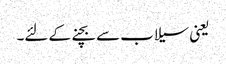
یعنی سیلاب سے بچنے کے لئے۔